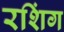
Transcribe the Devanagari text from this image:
रशिंग